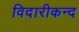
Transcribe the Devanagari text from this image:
विदारीकन्द